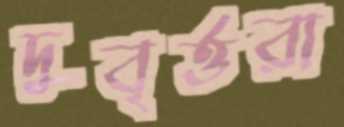
দুবৃর্ত্তরা